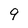
Character: 9